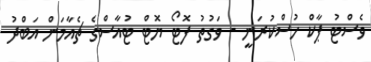
ވެސްޓު ޕާކް ހުސްކުރަނީ - ވަގުތު ފޮޓޯ ޔޮޓް ޓުއާސްގެ ޗެއާމަން އަބްދު